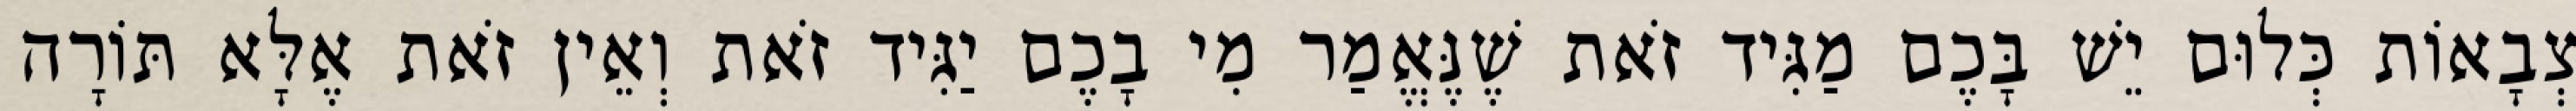
צְבָאוֹת כְּלוּם יֵשׁ בָּכֶם מַגִּיד זֹאת שֶׁנֶּאֱמַר מִי בָכֶם יַגִּיד זֹאת וְאֵין זֹאת אֶלָּא תּוֹרָה